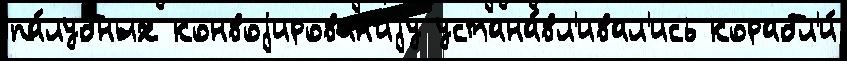
па́лубных конвоjирован'иjу устана́вл'ивал'ись корабл'и́